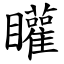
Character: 矔